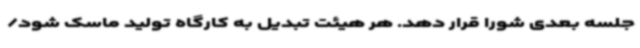
جلسه بعدی شورا قرار دهد. هر هیئت تبدیل به کارگاه تولید ماسک شود/